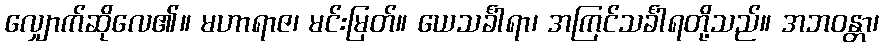
လျှောက်ဆိုလေ၏။ မဟာရာဇ၊ မင်းမြတ်။ ယေသင်္ခါရာ၊ အကြင်သင်္ခါရတို့သည်။ အဘဝန္တာ၊